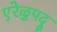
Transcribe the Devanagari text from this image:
एरेळुपदू